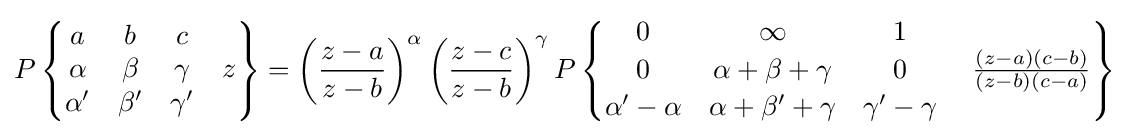
P\left\{{\begin{matrix}a&b&c&\;\\\alpha &\beta &\gamma &z\\\alpha '&\beta '&\gamma '&\;\end{matrix}}\right\}=\left({\frac {z-a}{z-b}}\right)^{\alpha }\left({\frac {z-c}{z-b}}\right)^{\gamma }P\left\{{\begin{matrix}0&\infty &1&\;\\0&\alpha +\beta +\gamma &0&\;{\frac {(z-a)(c-b)}{(z-b)(c-a)}}\\\alpha '-\alpha &\alpha +\beta '+\gamma &\gamma '-\gamma &\;\end{matrix}}\right\}